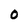
Character: 0